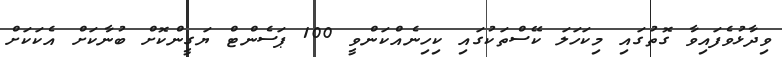
ވިދާޅުވެފައިވާ ގޮތުގައި މިކަހަލަ ކޭސްތަކުގައި ކިހިނެއްކަންވީ 100 ޕަސެންޓް ޔަގީންކޮށް ބުނާކަށް އެކަކަށް